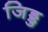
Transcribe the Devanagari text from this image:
जिड्डु